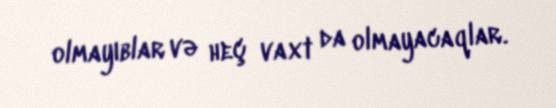
olmayıblar və heç vaxt da olmayacaqlar.